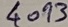
Text: 4093